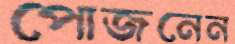
পোজনেন